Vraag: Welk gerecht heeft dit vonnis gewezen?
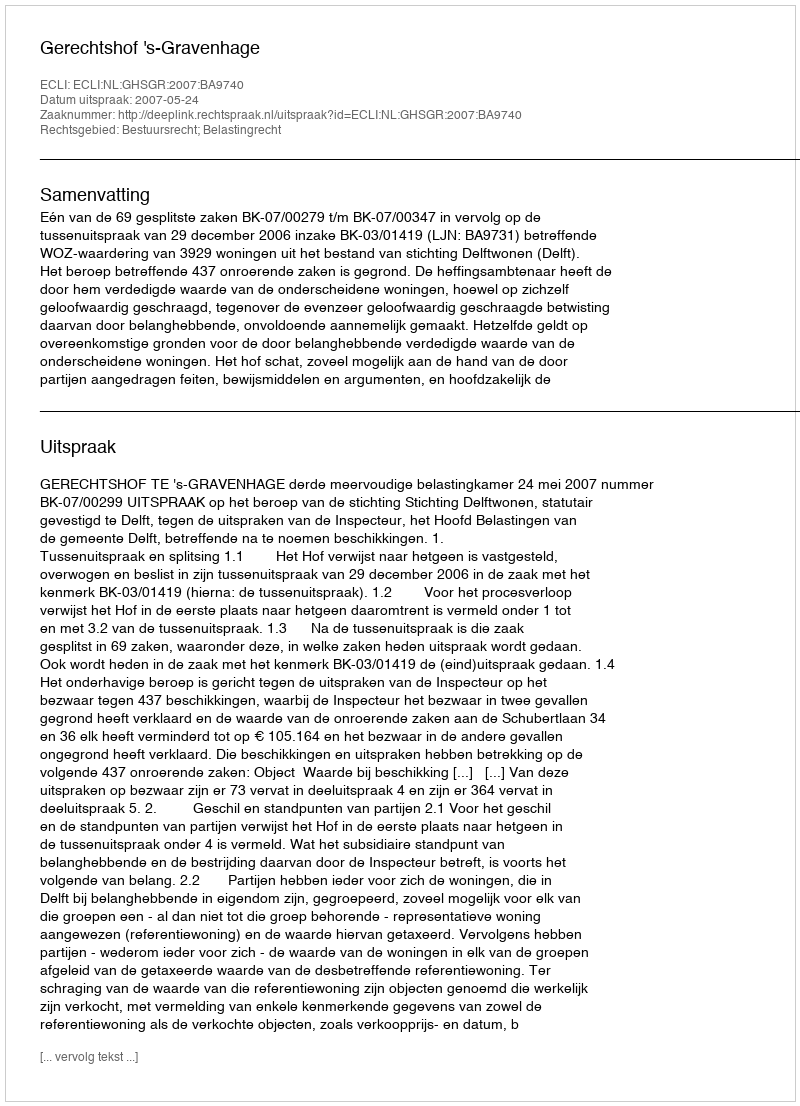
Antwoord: Gerechtshof 's-Gravenhage